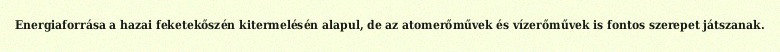
Energiaforrása a hazai feketekőszén kitermelésén alapul, de az atomerőművek és vízerőművek is fontos szerepet játszanak.